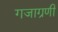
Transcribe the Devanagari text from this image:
गजाग्रणी